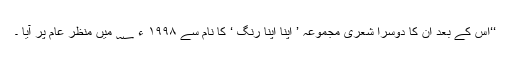
‘‘اس کے بعد ان کا دوسرا شعری مجموعہ ’ اپنا اپنا رنگ ‘ کا نام سے ۱۹۹۸ ء ؁ میں منظر عام پر آیا ۔